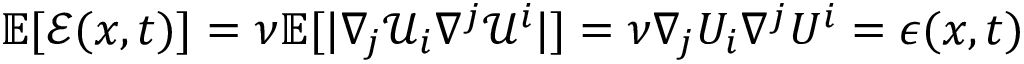
\begin{array} { r } { \mathbb { E } [ \mathcal { E } ( x , t ) ] = \nu \mathbb { E } [ | \nabla _ { j } \mathcal { U } _ { i } \nabla ^ { j } \mathcal { U } ^ { i } | ] = \nu \nabla _ { j } { U } _ { i } \nabla ^ { j } { U } ^ { i } = \epsilon ( x , t ) } \end{array}